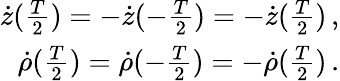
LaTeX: \begin{array}{r}{\dot{z}(\frac{T}{2})=-\dot{z}(-\frac{T}{2})=-\dot{z}(\frac{T}{2})\, ,}\\ {\dot{\rho}(\frac{T}{2})=\dot{\rho}(-\frac{T}{2})=-\dot{\rho}(\frac{T}{2})\, .}\end{array}